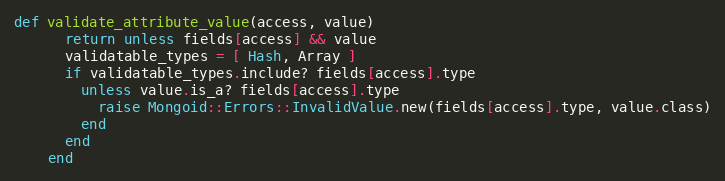
Language: Ruby
def validate_attribute_value(access, value)
      return unless fields[access] && value
      validatable_types = [ Hash, Array ]
      if validatable_types.include? fields[access].type
        unless value.is_a? fields[access].type
          raise Mongoid::Errors::InvalidValue.new(fields[access].type, value.class)
        end
      end
    end